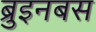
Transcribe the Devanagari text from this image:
ब्रुइनबस